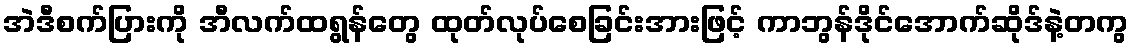
အဲဒီစက်ပြားကို အီလက်ထရွန်တွေ ထုတ်လုပ်စေခြင်းအားဖြင့် ကာဘွန်ဒိုင်အောက်ဆိုဒ်နဲ့တကွ